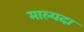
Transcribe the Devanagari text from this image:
माल्यदा